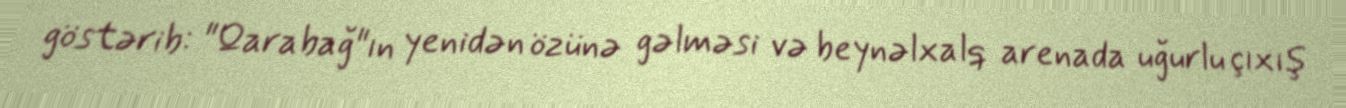
göstərib: "Qarabağ"ın yenidən özünə gəlməsi və beynəlxalq arenada uğurlu çıxış